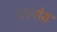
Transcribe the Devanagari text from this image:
राइबोस